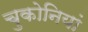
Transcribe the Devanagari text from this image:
चुकोनियां